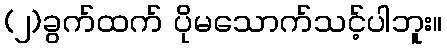
(၂)ခွက်ထက် ပိုမသောက်သင့်ပါဘူး။